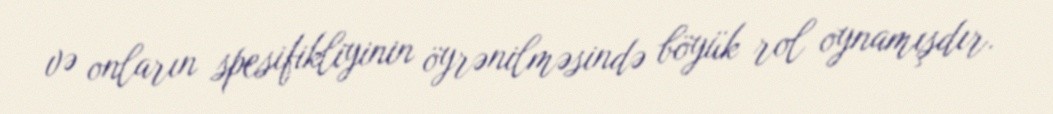
və onların spesifikliyinin öyrənilməsində böyük rol oynamışdır.